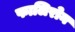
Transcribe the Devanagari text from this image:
फालिरोन